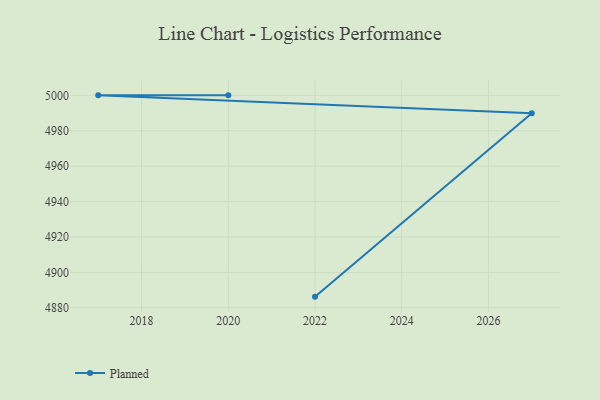
{"axis": {"x": "Year", "y": "Waste Production (Tons)"}, "legend": ["Planned"], "data": [{"x": "2022", "y": 4886.3, "type": "Planned"}, {"x": "2027", "y": 4989.9, "type": "Planned"}, {"x": "2017", "y": 5000, "type": "Planned"}, {"x": "2020", "y": 5000, "type": "Planned"}]}